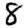
Digit: 8